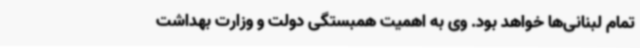
تمام لبنانی‌ها خواهد بود. وی به اهمیت همبستگی دولت و وزارت بهداشت